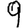
Digit: 9